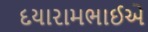
દયારામભાઈએ